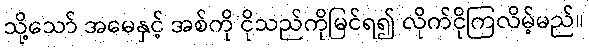
သို့သော် အမေနှင့် အစ်ကို ငိုသည်ကိုမြင်ရ၍ လိုက်ငိုကြလိမ့်မည်။